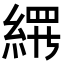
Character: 𬗢